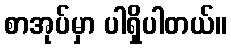
စာအုပ်မှာ ပါရှိပါတယ်။